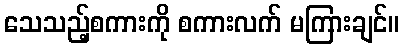
သေသည့်စကားကို စကားလက် မကြားချင်။